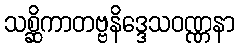
သစ္ဆိကာတဗ္ဗနိဒ္ဒေသဝဏ္ဏနာ